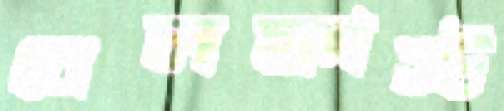
বেলফাস্ট